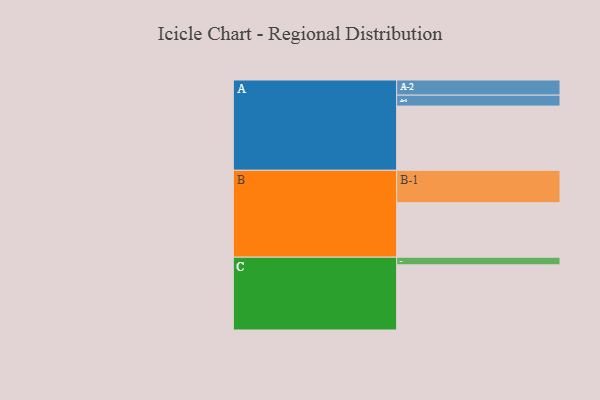
{"axis": {"x": "Segment", "y": "Value"}, "legend": ["", "A", "B", "C"], "data": [{"x": "A", "y": 488, "type": ""}, {"x": "B", "y": 414, "type": ""}, {"x": "C", "y": 495, "type": ""}, {"x": "A-1", "y": 83, "type": "A"}, {"x": "A-2", "y": 115, "type": "A"}, {"x": "B-1", "y": 246, "type": "B"}, {"x": "C-1", "y": 58, "type": "C"}]}